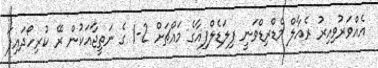
އެއްވަރުވިއިރު ރެއާލް މެޑްރިޑްވަނީ ފިލަޑެލްފިއާގެ މައްޗަށް 2-1 ގެ ނަތީޖާއަކުން ރޭ ކުރިހޯދައިފަ